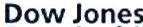
Dow Jones